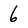
Character: 6